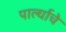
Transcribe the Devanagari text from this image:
पार्ल्याचे